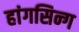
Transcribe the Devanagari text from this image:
हांगसिन्ग